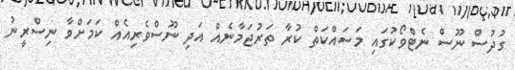
ގުދުސް ނޫސް ނެޓްވޯކުގައި މަސައްކަތް ކުރާ ތަރުޖަމާނެއް އަދި ނޫސްވެރިއެއް ކަމަށްވާ ނިސްރީނު